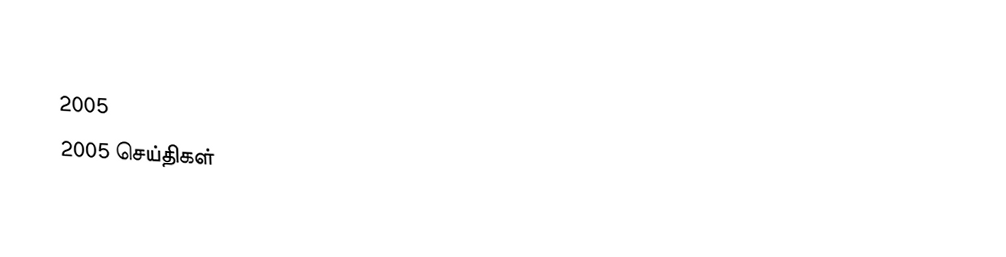

2005
2005 செய்திகள்